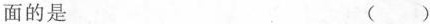
面的是 ( )